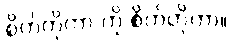
စိတ်တိုတာ ကို စိတ်တိုတာ။